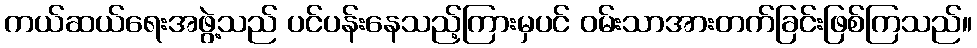
ကယ်ဆယ်ရေးအဖွဲ့သည် ပင်ပန်းနေသည့်ကြားမှပင် ဝမ်းသာအားတက်ခြင်းဖြစ်ကြသည်။